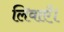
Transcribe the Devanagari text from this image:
लिवाएँ।